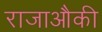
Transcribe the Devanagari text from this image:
राजाऔकी